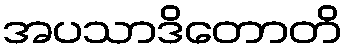
အပသာဒိတောတိ